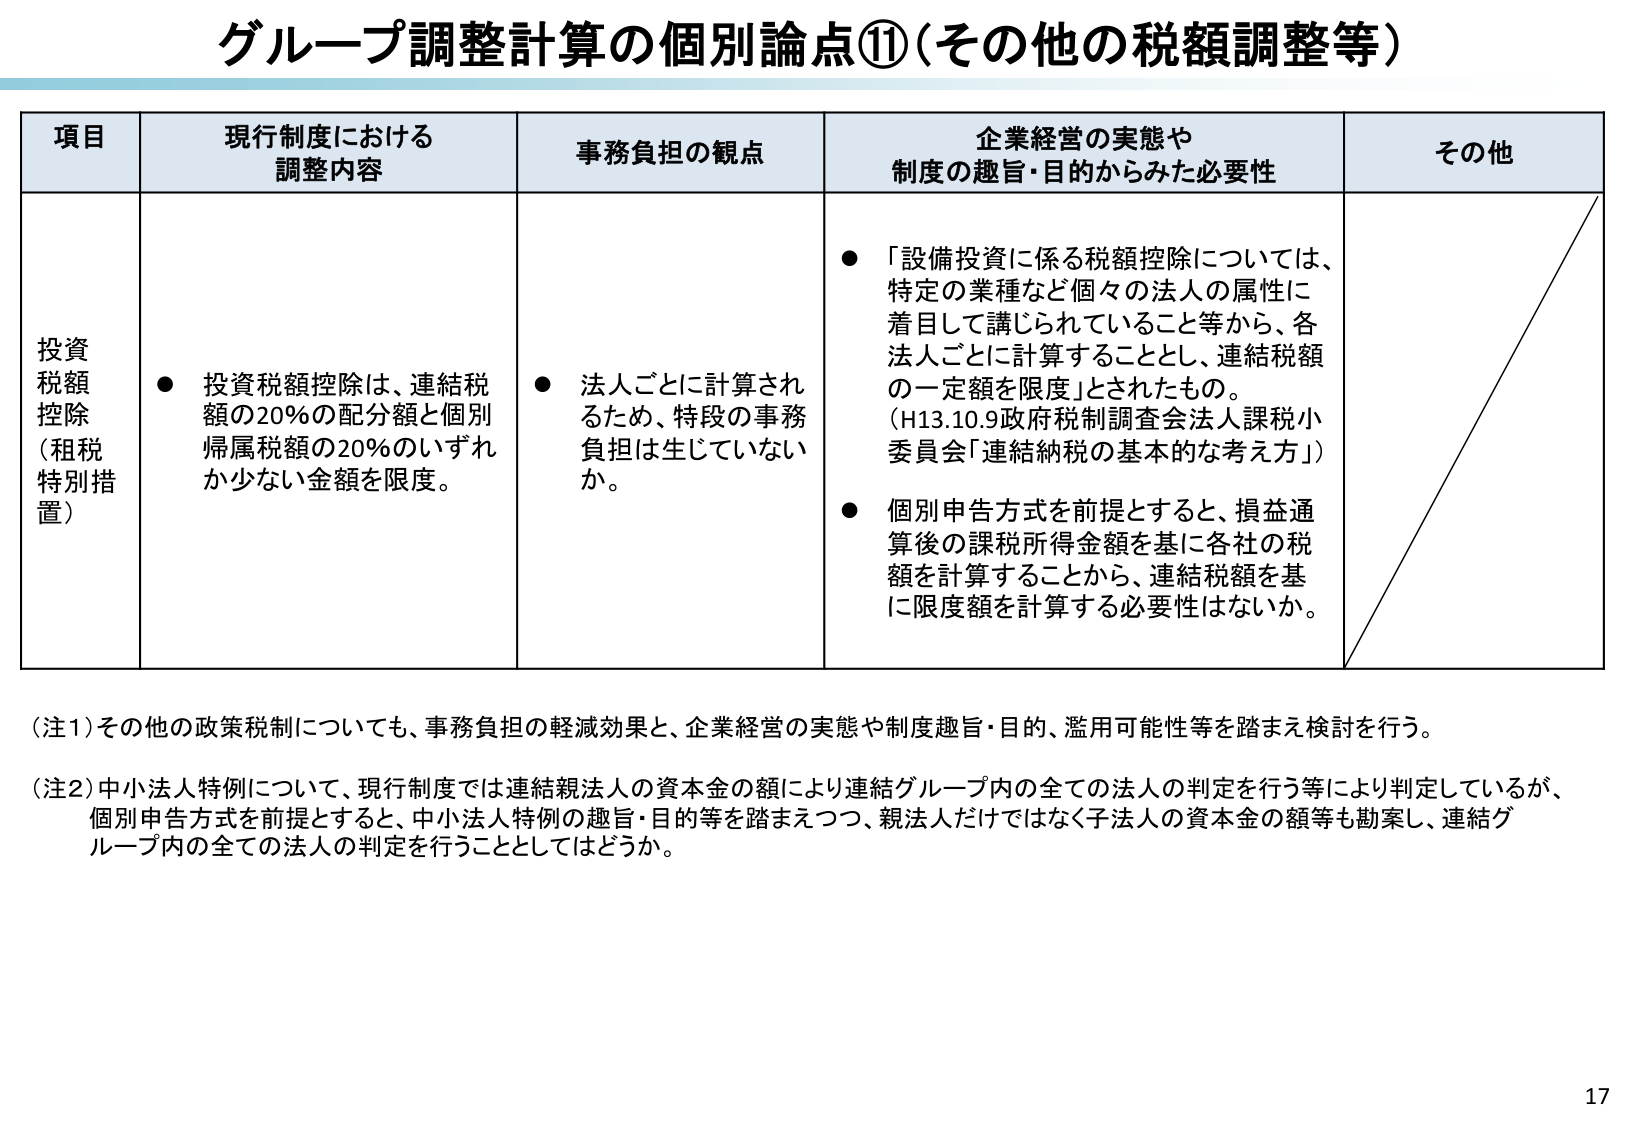
グループ調整計算の個別論点⑪（その他の税額調整等）

項目 現行制度における調整内容 事務負担の観点 企業経営の実態や制度の趣旨・目的からみた必要性 その他

投資税額控除（租税特別措置）
● 投資税額控除は、連結税額の20％の配分額と個別帰属税額の20％のいずれか少ない金額を限度。
● 法人ごとに計算されるため、特段の事務負担は生じていないか。
● 「設備投資に係る税額控除については、特定の業種など個々の法人の属性に着目して講じられていること等から、各法人ごとに計算することとし、連結税額の一定額を限度」とされたもの。（H13.10.9政府税制調査会法人課税小委員会「連結納税の基本的な考え方」）
● 個別申告方式を前提とすると、損益通算後の課税所得金額を基に各社の税額を計算することから、連結税額を基に限度額を計算する必要性はないか。

（注1）その他の政策税制についても、事務負担の軽減効果と、企業経営の実態や制度趣旨・目的、濫用可能性等を踏まえ検討を行う。
（注2）中小法人特例について、現行制度では連結親法人の資本金の額により連結グループ内の全ての法人の判定を行う等により判定しているが、個別申告方式を前提とすると、中小法人特例の趣旨・目的等を踏まえつつ、親法人だけではなく子法人の資本金の額等も勘案し、連結グループ内の全ての法人の判定を行うこととしてはどうか。

17